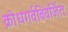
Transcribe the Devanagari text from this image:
क्रोधगर्वविवर्जितः